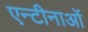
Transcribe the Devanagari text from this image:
एन्टीनाओं